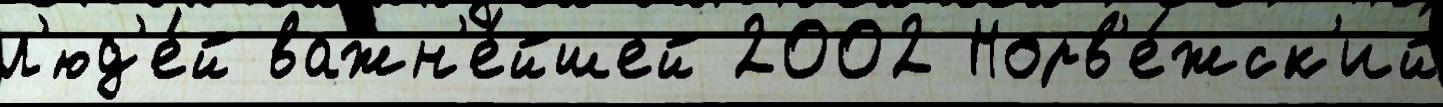
л'юд'е́й важн'е́йшей 2002 Норв'е́жск'ий